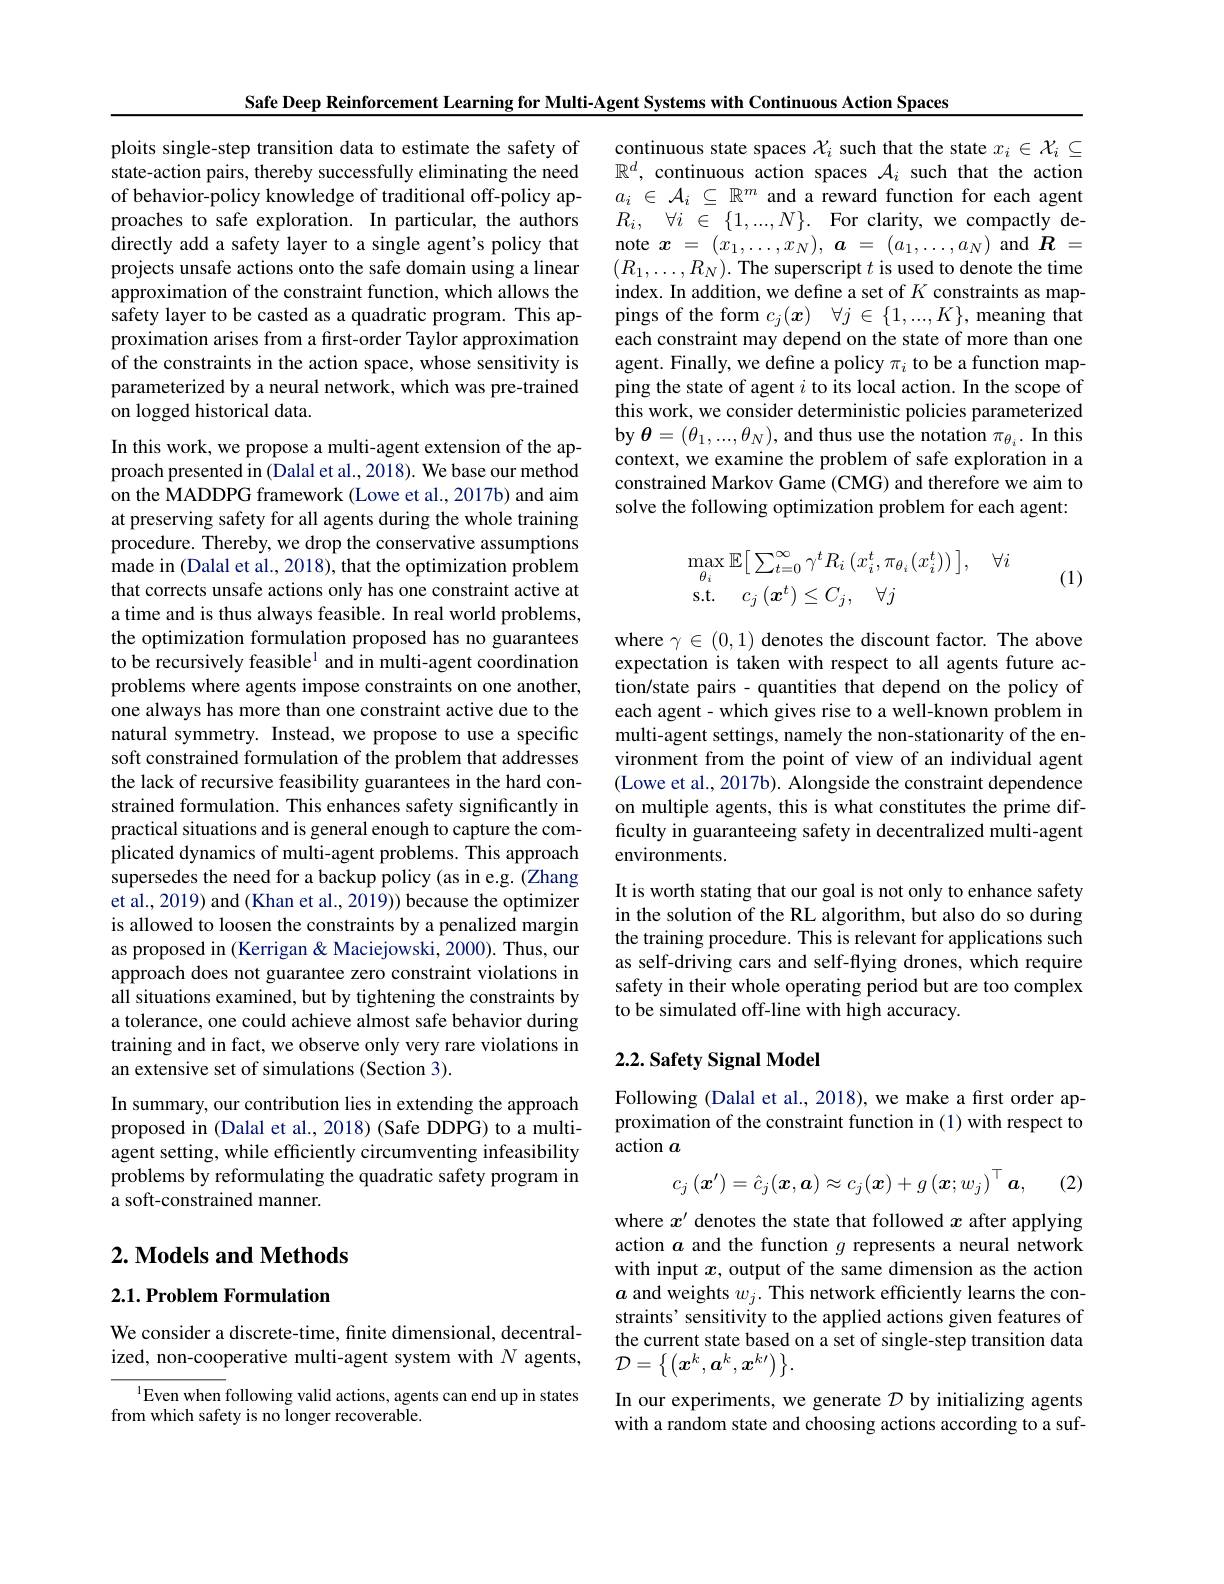
ploits single-step transition data to estimate the safety of state-action pairs, thereby successfully eliminating the need of behavior-policy knowledge of traditional off-policy approaches to safe exploration. In particular, the authors directly add a safety layer to a single agent's policy that projects unsafe actions onto the safe domain using a linear approximation of the constraint function, which allows the safety layer to be casted as a quadratic program. This approximation arises from a frst-order Taylor approximation of the constraints in the action space, whose sensitivity is parameterized by a neural network, which was pre-trained on logged historical data.

Safe Deep Reinforcement Learning for Multi-Agent Systems with Continuous Action Spaces
In this work, we propose a multi-agent extension of the approach presented in (Dalal et al., 2018). We base our method on the MADDPG framework (Lowe et al., 2017b) and aim at preserving safety for all agents during the whole training procedure. Thereby, we drop the conservative assumptions made in (Dalal et al., 2018), that the optimization problem that corrects unsafe actions only has one constraint active at a time and is thus always feasible. In real world problems, the optimization formulation proposed has no guarantees to be recursively feasible$^{1}$ and in multi-agent coordination problems where agents impose constraints on one another, one always has more than one constraint active due to the natural symmetry. Instead, we propose to use a specific soft constrained formulation of the problem that addresses the lack of recursive feasibility guarantees in the hard constrained formulation. This enhances safety significantly in practical situations and is general enough to capture the complicated dynamics of multi-agent problems. This approach supersedes the need for a backup policy (as in e.g. (Zhang et al., 2019) and (Khan et al., 2019)) because the optimizer is allowed to loosen the constraints by a penalized margin as proposed in (Kerrigan&Maciejowski,2000). Thus, our approach does not guarantee zero constraint violations in all situations examined, but by tightening the constraints by a tolerance, one could achieve almost safe behavior during training and in fact, we observe only very rare violations in an extensive set of simulations (Section 3).
In summary, our contribution lies in extending the approach proposed in (Dalal et al., 2018) (Safe DDPG) to a multiagent setting, while efficiently circumventing infeasibility problems by reformulating the quadratic safety program in a soft-constrained manner.

$2. \textbf{Models and Methods}$

$2. 1. \textbf{Problem Formulation}$

We consider a discrete-time, finite dimensional, decentralized, non-cooperative multi-agent system with $N$ agents,

$^{1}$Even when following valid actions, agents can end up in states
from which safety is no longer recoverable.

continuous state spaces $\mathcal{X}_i$ such that the state $x_i\in\mathcal{X}_i\subseteq$ $\mathbb{R}^d$, continuous action spaces $\mathcal{A}_i$ such that the action $a_i\in{\mathcal{A}}_i\subseteq{\mathbb{R}}^m$ and a reward function for each agent $R_i$, $\forall i\in$ $\{ 1, . . . , N\} .$ For clarity, we compactly denote $x= ( x_1, \ldots , x_N) , \textbf{a}= ( a_1, \ldots , a_N)$ and$\boldsymbol{R}=$ $(R_{1},\ldots,R_{N}).$ The superscript $t$ is used to denote the time index. In addition, we define a set of $K$ constraints as mappings of the form $c_j( \boldsymbol{x})$ $\forall j\in \{ 1, . . . , K\} $, meaning that each constraint may depend on the state of more than one agent. Finally, we define a policy $\pi_i$ to be a function mapping the state of agent $i$ to its local action. In the scope of this work, we consider deterministic policies parameterized by $\boldsymbol\theta=(\theta_1,...,\theta_N)$, and thus use the notation $\pi_\theta_i.$ In this context, we examine the problem of safe exploration in a constrained Markov Game (CMG) and therefore we aim to solve the following optimization problem for each agent:
$$\begin{aligned}&\max_{\theta_{i}}\mathbb{E}\big[\sum_{t=0}^{\infty}\gamma^{t}R_{i}\left(x_{i}^{t},\pi_{\theta_{i}}(x_{i}^{t})\right)\big],\quad\forall i\\&\mathrm{s.t.}\quad c_{j}\left(\boldsymbol{x}^{t}\right)\leq C_{j},\quad\forall j\end{aligned}$$
(1)

where $\gamma\in(0,1)$ denotes the discount factor. The above expectation is taken with respect to all agents future action/state pairs - quantities that depend on the policy of each agent- which gives rise to a well-known problem in multi-agent settings, namely the non-stationarity of the environment from the point of view of an individual agent (Lowe et al., 2017b). Alongside the constraint dependence on multiple agents, this is what constitutes the prime difficulty in guaranteeing safety in decentralized multi-agent environments
It is worth stating that our goal is not only to enhance safety in the solution of the RL algorithm, but also do so during the training procedure. This is relevant for applications such as self-driving cars and self-flying drones, which require safety in their whole operating period but are too complex to be simulated off-line with high accuracy.

## 2.2. Safety Signal Model

Following (Dalal et al., 2018), we make a first order approximation of the constraint function in (1) with respect to action $a$
$$c_{j}\left(\boldsymbol{x}^{\prime}\right)=\hat{c}_{j}(\boldsymbol{x},\boldsymbol{a})\approx c_{j}(\boldsymbol{x})+g\left(\boldsymbol{x};w_{j}\right)^{\top}\boldsymbol{a},$$
(2)

where $x^{\prime}$ denotes the state that followed $x$ after applying action $a$ and the function $g$ represents a neural network with input $x$, output of the same dimension as the action $a$ and weights $w_j.$ This network efficiently learns the constraints' sensitivity to the applied actions given features of the current state based on a set of single-step transition data $\mathcal{D}=\left\{\left(\boldsymbol{x}^k,\boldsymbol{a}^k,\boldsymbol{x}^{k\prime}\right)\right\}.$

In our experiments, we generate $\mathcal{D}$ by initializing agents with a random state and choosing actions according to a suf-